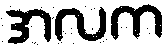
အလက